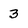
Character: 3